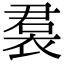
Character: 裠